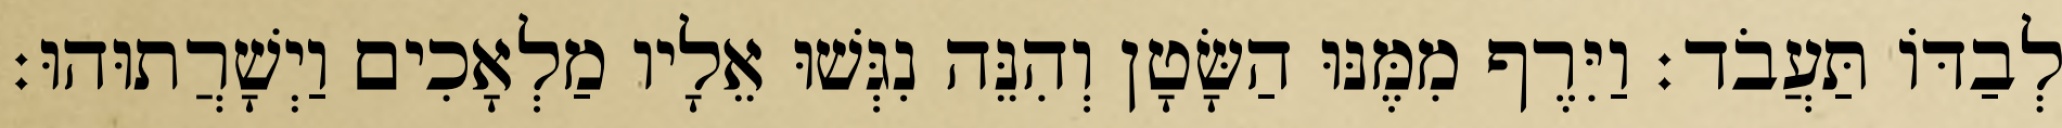
לְבַדּוֹ תַּעֲבֹד׃ וַיִּרֶף מִמֶּנּוּ הַשָּׂטָן וְהִנֵּה נִגְּשׁוּ אֵלָיו מַלְאָכִים וַיְשָׁרֲתוּהוּ׃